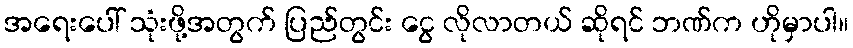
အရေးပေါ် သုံးဖို့အတွက် ပြည်တွင်း ငွေ လိုလာတယ် ဆိုရင် ဘဏ်က ဟိုမှာပါ။